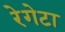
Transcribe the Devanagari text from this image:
रेगेटा